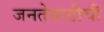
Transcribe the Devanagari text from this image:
जनतेसाठीची